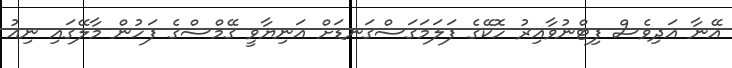
އޭނާ އަދިވެސް ފިޓްނުވާއިރު ހޮކޭގެ ފަލަމަގަސްގަނޑަށް އަނިޔާވީ ގޭމްސްގެ ފަހުން މާލޭގައި ނިއު